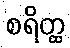
စရိတ္ထ